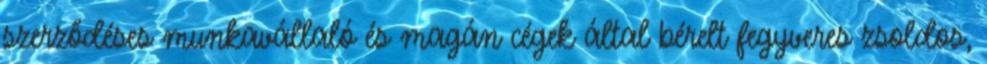
szerződéses munkavállaló és magán cégek által bérelt fegyveres zsoldos,